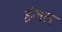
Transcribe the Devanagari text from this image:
ईजल